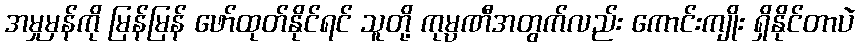
အမှုမှန်ကို မြန်မြန် ဖော်ထုတ်နိုင်ရင် သူတို့ ကုမ္ပဏီအတွက်လည်း ကောင်းကျိုး ရှိနိုင်တာပဲ